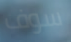
سوف